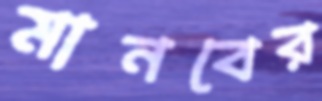
মানবের